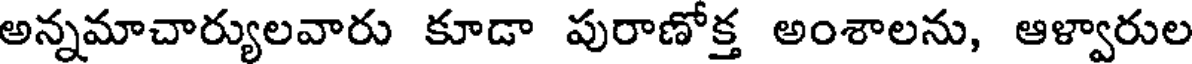
అన్నమాచార్యులవారు కూడా పురాణోక్త అంశాలను, ఆళ్వారుల